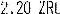
2.20 ZRL